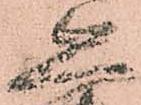
久